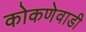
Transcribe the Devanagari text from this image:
कोकणेवाडी